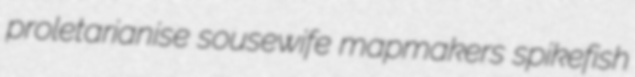
proletarianise sousewife mapmakers spikefish